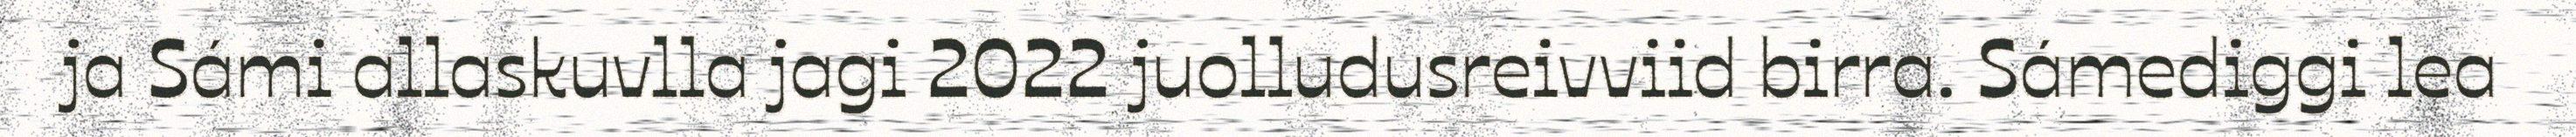
ja Sámi allaskuvlla jagi 2022 juolludusreivviid birra. Sámediggi lea